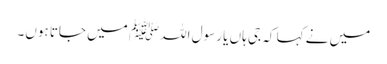
میں نے کہا کہ جی ہاں یا رسول اللہﷺ میں جاتا ہوں۔